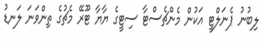
ލިބުނު ޕެނަލްޓީ އަކުން މެންޗެސްޓާ ސިޓީގެ ޔާޔާ ޓޫރޭ މެޗުގެ ތިންވަނަ ލަނޑު